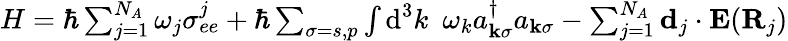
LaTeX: \begin{array}{r}{H=\hbar\sum_{j=1}^{N_{A}}\omega_{j}\sigma_{ee}^{j}+\hbar\sum_{\sigma=s,p}\int\textrm{d}^{3}k\, \, \, \omega_{k}a_{\mathbf{k}\sigma}^{\dagger}a_{\mathbf{k}\sigma}-\sum_{j=1}^{N_{A}}\mathbf{d}_{j}\cdot\mathbf{E}(\mathbf{R}_{j})}\end{array}